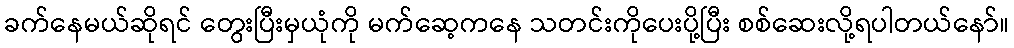
ခက်နေမယ်ဆိုရင် တွေးပြီးမှယုံကို မက်ဆေ့ကနေ သတင်းကိုပေးပို့ပြီး စစ်ဆေးလို့ရပါတယ်နော်။